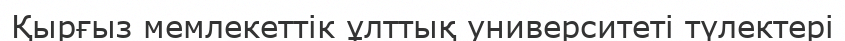
Қырғыз мемлекеттік ұлттық университеті түлектері